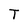
Character: T